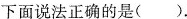
下面说法正确的是( ).